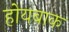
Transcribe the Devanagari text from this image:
होयबाक